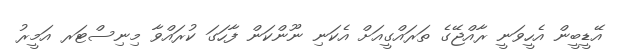
އޭޑީބީން އެހީވަނީ ރާއްޖޭގެ ތަރައްގީއަށް އެކަނި ނޫންކަން ފާހަގަ ކުރައްވާ މިނިސްޓަރ އަމީރު